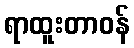
ရာထူးတာဝန်